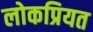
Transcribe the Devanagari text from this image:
लोकप्रियत